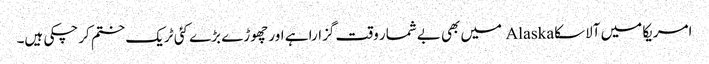
امریکا میں آلاسکا Alaska میں بھی بےشمار وقت گزارا ہے اور چھوڑے بڑے کئی ٹریک ختم کرچکی ہیں۔